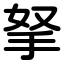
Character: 拏